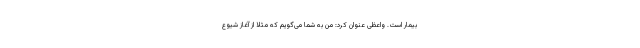
بیمار است. واعظی عنوان کرد: من به شما می‌گویم که مثلا از آغاز شیوع